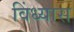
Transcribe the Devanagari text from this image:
विंध्यास